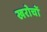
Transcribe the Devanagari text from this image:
खरोचों